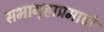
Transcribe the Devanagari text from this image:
सभागृहाप्रमाणे